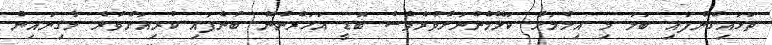
ތަޅައިގެންފައި ބަލަ މި އިލްމަށް ކަލޭމެންނަށްވުރެވެސް ބޮޑީ އަހަރެންނޭ ބުނެފައި ކުރިއަށްވުރެ މާގިނައިން